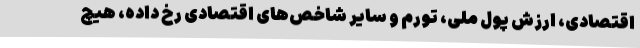
اقتصادی، ارزش پول ملی، تورم و سایر شاخص‌های اقتصادی رخ داده، هیچ